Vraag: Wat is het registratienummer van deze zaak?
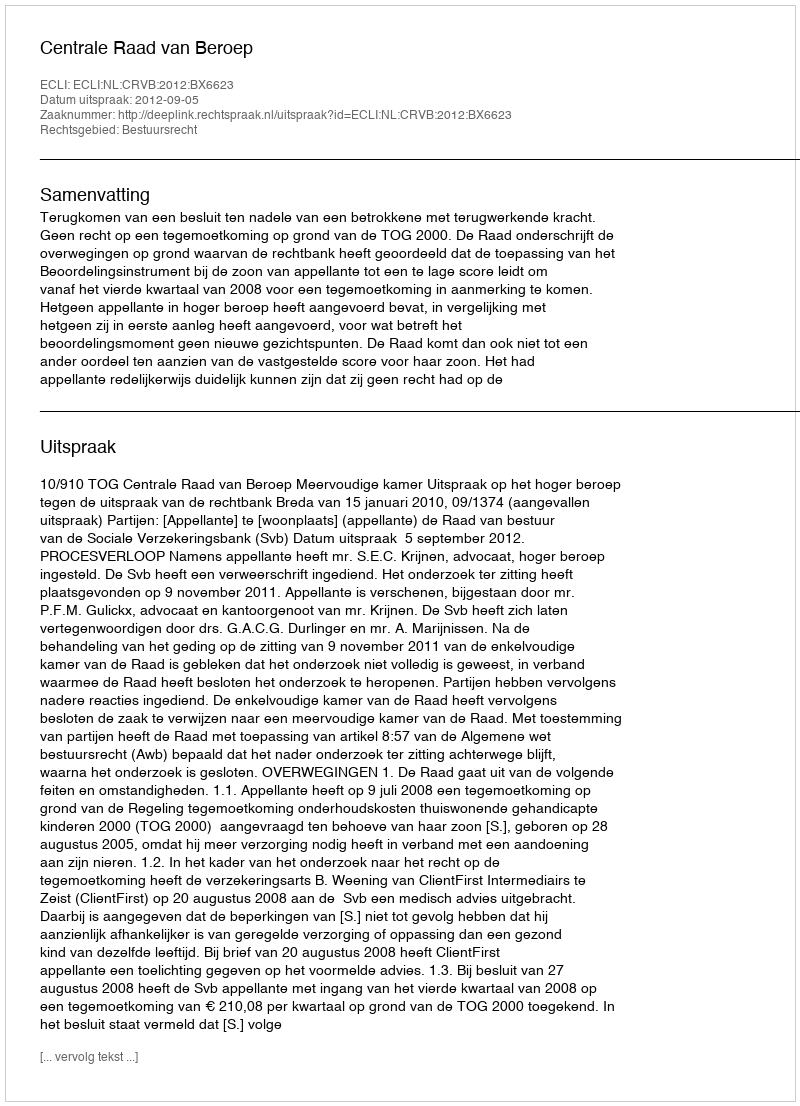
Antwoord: http://deeplink.rechtspraak.nl/uitspraak?id=ECLI:NL:CRVB:2012:BX6623